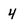
Character: 4